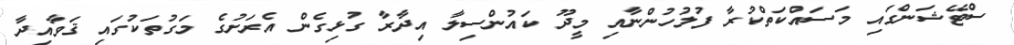
ސްޓޭޝަންގައި މަސައްކަތްކުރާ ފުލުހުންނާއި މީދޫ ކައުންސިލާ އިދާރާ ގުޅިގެން އެރަށުގެ މަގުތަކުގައި ޤަވާއިދާ